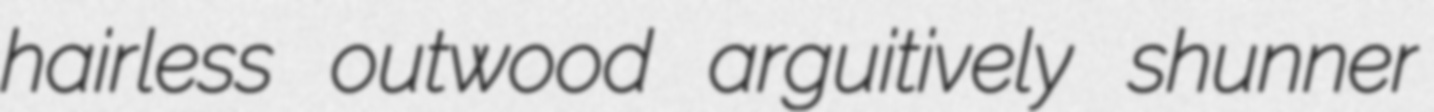
hairless outwood arguitively shunner